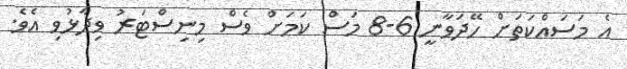
އެ މަސައްކަތަށް ހޭދަވާނީ 6-8 މަސް ކަމަށް ވެސް މިނިސްޓަރު ވިދާޅުވި އެވެ.